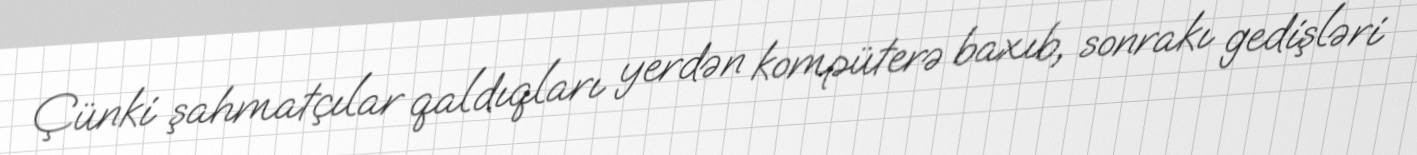
Çünki şahmatçılar qaldıqları yerdən kompüterə baxıb, sonrakı gedişləri